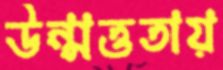
উন্মত্ততায়